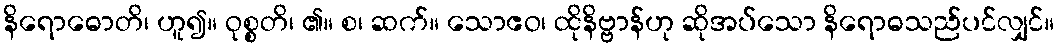
နိရောဓောတိ၊ ဟူ၍။ ဝုစ္စတိ၊ ၏။ စ၊ ဆက်။ သောဧဝ၊ ထိုနိဗ္ဗာန်ဟု ဆိုအပ်သော နိရောဓသည်ပင်လျှင်။